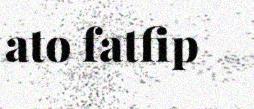
ato fatfip